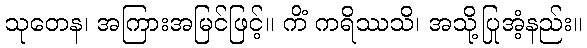
သုတေန၊ အကြားအမြင်ဖြင့်။ ကိံ ကရိဿသိ၊ အသို့ပြုအံ့နည်း။